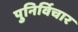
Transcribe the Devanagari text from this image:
पुनिर्विचार